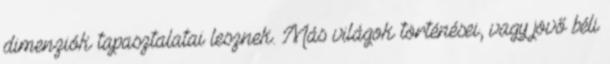
dimenziók tapasztalatai lesznek. Más világok történései, vagy jövő béli